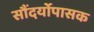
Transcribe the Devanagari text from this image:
सौंदर्योपासक